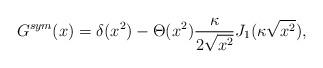
LaTeX: \begin{align*}G^{sym}(x)=\delta (x^2)-\Theta (x^2)\frac {\kappa}{2\sqrt{x^2}}J_1(\kappa \sqrt{x^2}) ,\end{align*}